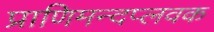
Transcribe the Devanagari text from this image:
प्राणिमन्दप्लवक